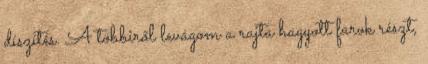
díszítés. A többiről levágom a rajta hagyott farok részt,